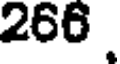
266